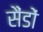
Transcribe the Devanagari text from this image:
सैंडों